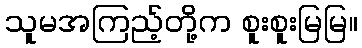
သူမအကြည့်တို့က စူးစူးမြမြ။